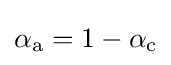
\alpha _{\rm {a}}=1-\alpha _{\rm {c}}